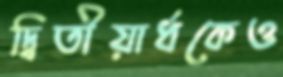
দ্বিতীয়ার্ধকেও